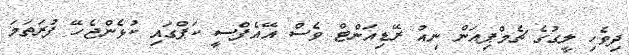
ދިވެހި ލީގުގެ ޗެމްޕިއަން ނިއު ރޭޑިއަންޓް ވެސް އޭއެފްސީ ކަޕްގައި ކުޅެންޖެހޭ ފުރަތަމަ